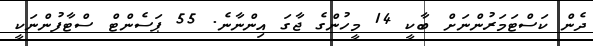
ދެން ކަސްޓަމަރުންނަށް ބާކީ 14 މީހުންގެ ޖާގަ އިންނާނެ. 55 ޕަސެންޓް ސްޓާފުންނަކީ